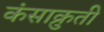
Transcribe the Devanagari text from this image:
कंसाक्रुती